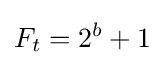
F_{t}=2^{b}+1